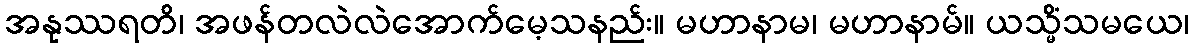
အနုဿရတိ၊ အဖန်တလဲလဲအောက်မေ့သနည်း။ မဟာနာမ၊ မဟာနာမ်။ ယသ္မိံသမယေ၊